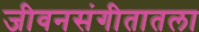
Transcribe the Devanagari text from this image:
जीवनसंगीतातला